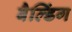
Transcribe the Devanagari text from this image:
बैल्डिंग